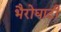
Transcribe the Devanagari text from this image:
भैरोघाटी